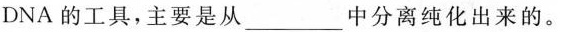
DNA的工具，主要是从___中分离纯化出来的。